Mental hospitals Bombay report 1921-28 - 1921-1928
Year: 1921
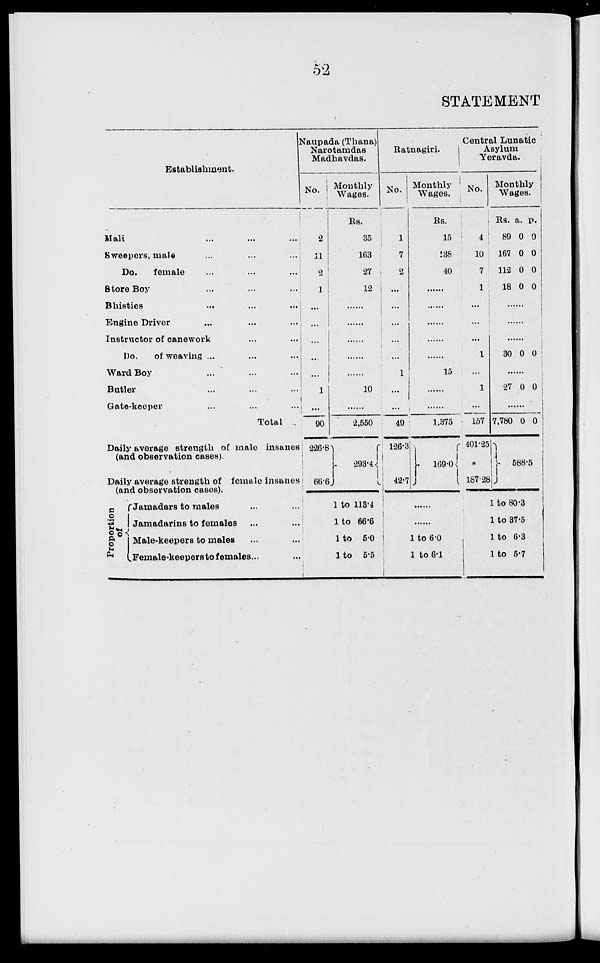
52
STATEMENT
Establishment.
Mali ... ... ...
Sweepers, male ... ... ...
Do.
female ... ... ...
Store Boy ... ... ...
Bhisties ... ... ...
Engine Driver ... ... ...
Instructor of canework ... ... ...
Do.
of weaving ... ... ...
Ward Boy ... ... ...
Butler ... ... ...
Gate-keeper ... ... ...
Total ...
Daily average strength of male insanes
(and observation cases).
Daily average strength of female insanes
(and observation cases).
P roportion
of
Jamadars to males ... ...
Jamadarins to females ... ...
Male-keepers to males ... ...
Female-keepers to females ... ...
Naupada (Thana)
Narotamdas
Madhavdas.
No.
2
11
2
1
...
...
...
...
...
1
...
90
226.8
66.6
Monthly
Wages.
Rs.
35
163
27
12
......
......
......
......
10
......
2,550
293.4
1 to 113.4
1 to 66.6
1 to 5.0
1 to 5.5
Ratnagiri.
No.
1
7
2
...
...
...
...
...
1
...
...
49
126.3
42.7
Monthly
Wages.
Rs.
15
138
40
......
......
......
......
......
15
......
......
1,375
169.0
......
......
1 to 6.0
1 to 6.1
Central Lunatic
Asylum
Yeravda.
No.
4
10
7
1
...
...
...
1
...
1
...
157
401.25
187.28
Monthly
Wages.
Rs.
89
167
112
18
a.
0
0
0
0
p.
0
0
0
0
......
......
......
30 0 0
......
27 0 0
......
7,780 0 0
588.5
1 to 80.3
1 to 37.5
1 to 6.3
1 to 5.7